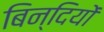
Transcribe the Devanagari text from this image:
बिन्दियों